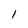
Character: 1